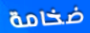
ضخامة